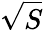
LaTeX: \sqrt{S}